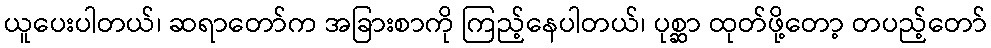
ယူပေးပါတယ်၊ ဆရာတော်က အခြားစာကို ကြည့်နေပါတယ်၊ ပုစ္ဆာ ထုတ်ဖို့တော့ တပည့်တော်